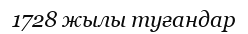
1728 жылы туғандар